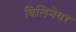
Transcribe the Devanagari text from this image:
बिलिनेयर